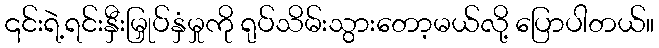
၎င်းရဲ့ရင်းနှီးမြှုပ်နှံမှုကို ရုပ်သိမ်းသွားတော့မယ်လို့ ပြောပါတယ်။